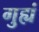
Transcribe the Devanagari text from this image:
गुह्यं